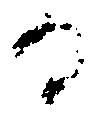
る